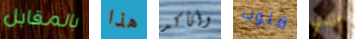
بالمقابل هذا وأتأكد قلوب الذي